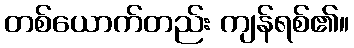
တစ်ယောက်တည်း ကျန်ရစ်၏။